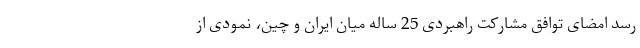
رسد امضای توافق مشارکت راهبردی 25 ساله میان ایران و چین، نمودی از